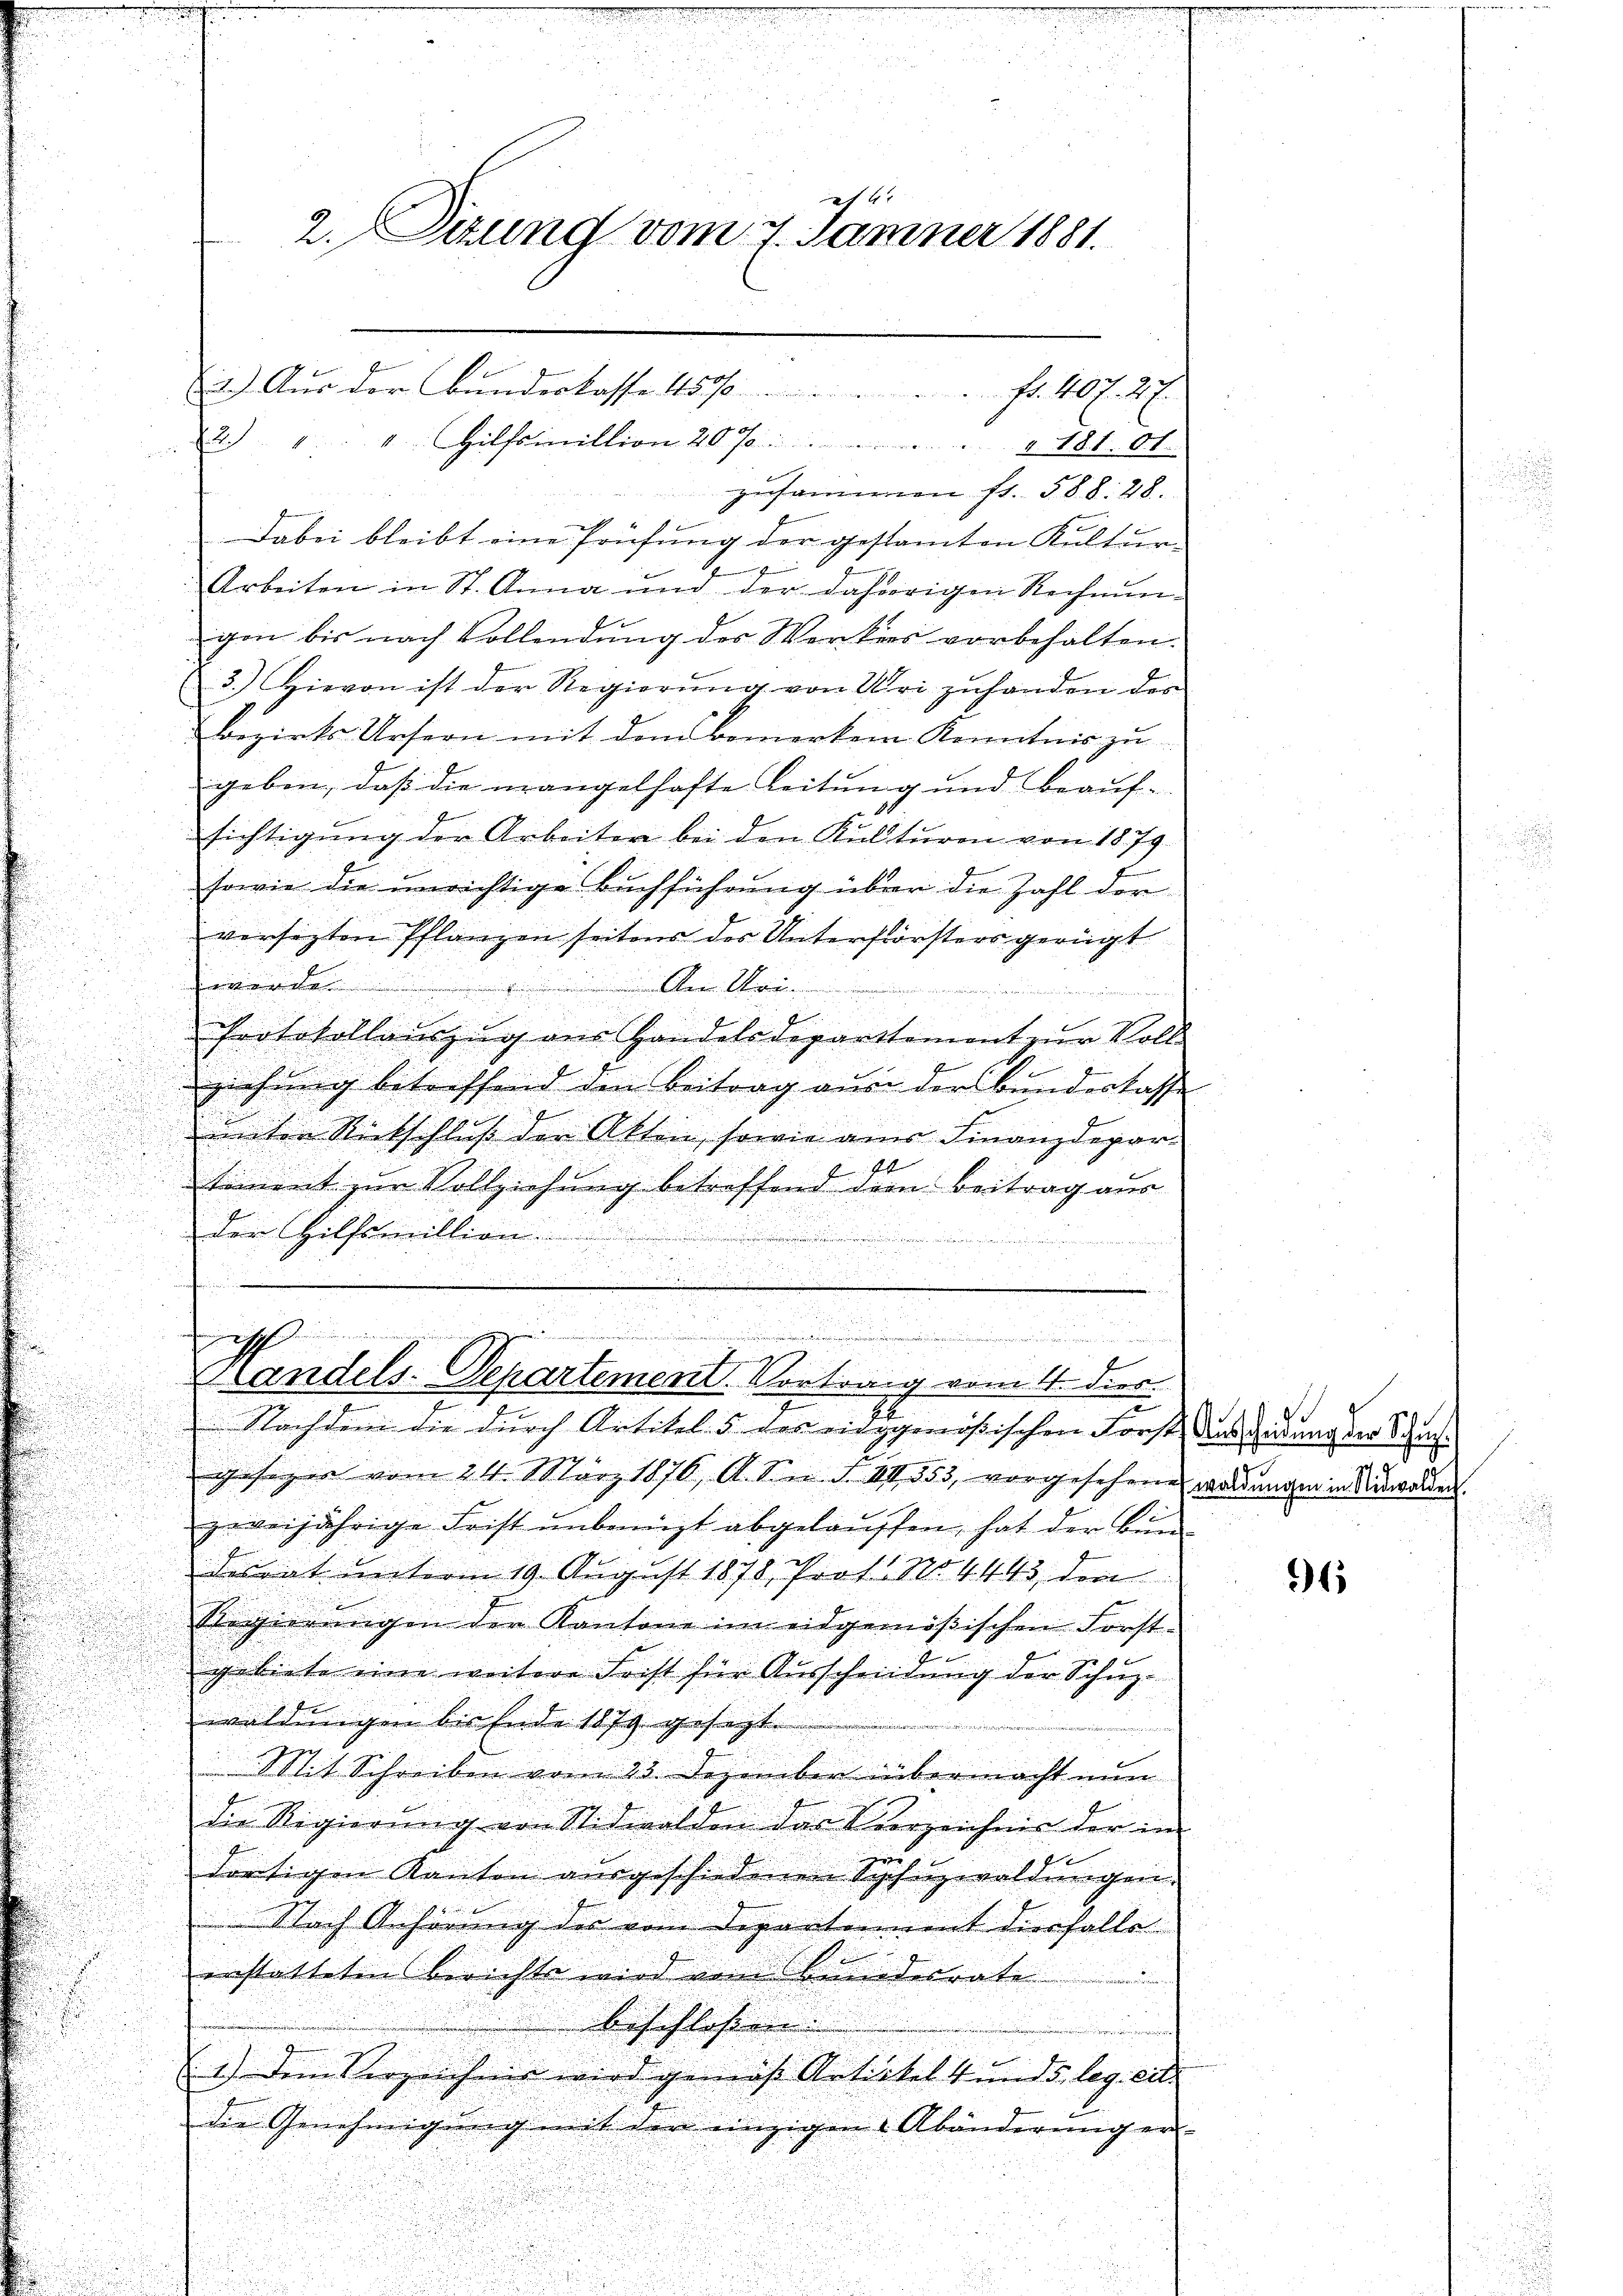
zusammen fr. 588. 28.
Dabei bleibt eine Prüfung der gestamten Kultur-
g
Arbeiten in St. Anna und der daherigen Rechnun-
gon bis nach Vollendung des Werkers vorbehalten.
3.) Hievon ist der Regierung von Uri zuhanden des
Bezirks-Ursern mit dem Bemerken Kenntnis zu
geben, daß die urangelhafte Leitung und Beauf-
t
sichtigung der Arbeiter bei den Kulturen von 1879
sowie die unrichtige Buchführung über die Zahl der
versezten Pflanzen seitens des Unterförsters gerügt
a
.
.
Protokollauszug aus Handelsdepartement zur Voll
ziehung betreffend den Beitrag aus der Bundeskasse
unten Rückschluß der Akten, sowie aus Finanzdepar-
2
.
timmt zur Vollziehung betreffend dem Beitrag aus
Der Hilfsmillion
.
ennen,

iht.
2. Sizung vom 7. Jänner 1881.

2.) Aus der Bunderlasse 45 f. 40 f. 27
2. " " 4. Hilfsmillion 20 % 181. 81.

.
h
.
f
Randels-Departement. Vortrag vom 4. dies

22
Nachdem die durch Artikel 5 des eidgenößischen Forst den sindung der Schans.
gesagen vom 24. März 1876, A. Sin d. III 353, vorgesehene Waldungen in Auswalden.
zweijährige Frist unbemitt abgelauffen, hat der Bun
desrat unterm 19. August 1878, Prof. No. 4443, den
Regierungen der Kantone im eidgenößischen Forst-
gebiete eine weitere Forst für Ausscheidung der Schupwaldungen bis Ende 1879 gesezt.
.
 Mit Schreiben vom 23. Dezember übermacht nun
die Regierung von Nidwalden das Vorzeichnis der im
2
dortigen Kanton ausgeschiedenen Syhuzwaldungen.
Nach Anhörung des vom Departement diesfalle
d
enstatteten Berichte wird vom Benindesrate |
beschlossen.
1.) Dem Verzeichnis wird gemäss Artickelt und leg. eit.
die Genehmigung mit den einzigen Abänderung er-

36